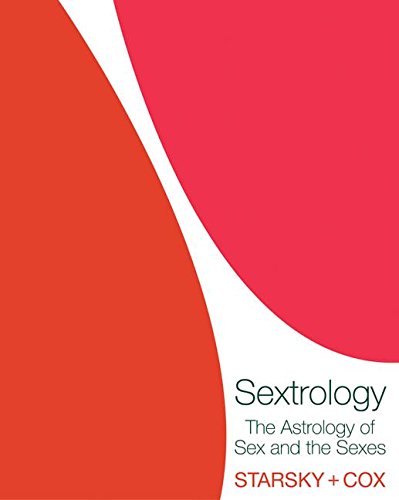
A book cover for Sextrology: The Astrology of Sex and the Sexes; Stella Starsky; Self-Help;